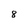
Character: 8